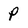
Character: p